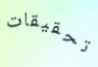
تحقيقات